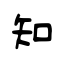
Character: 知